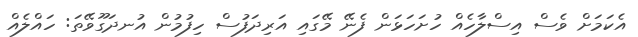
އެކަމަށް ވެސް އިސްލާހެއް ހުށަހަޅަން ފެނޭ މޭގައި އަރިދަފުސް ހިފުމުން އުނދަގޫވޭތަ: ހައްލެއް